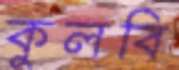
কুলবি